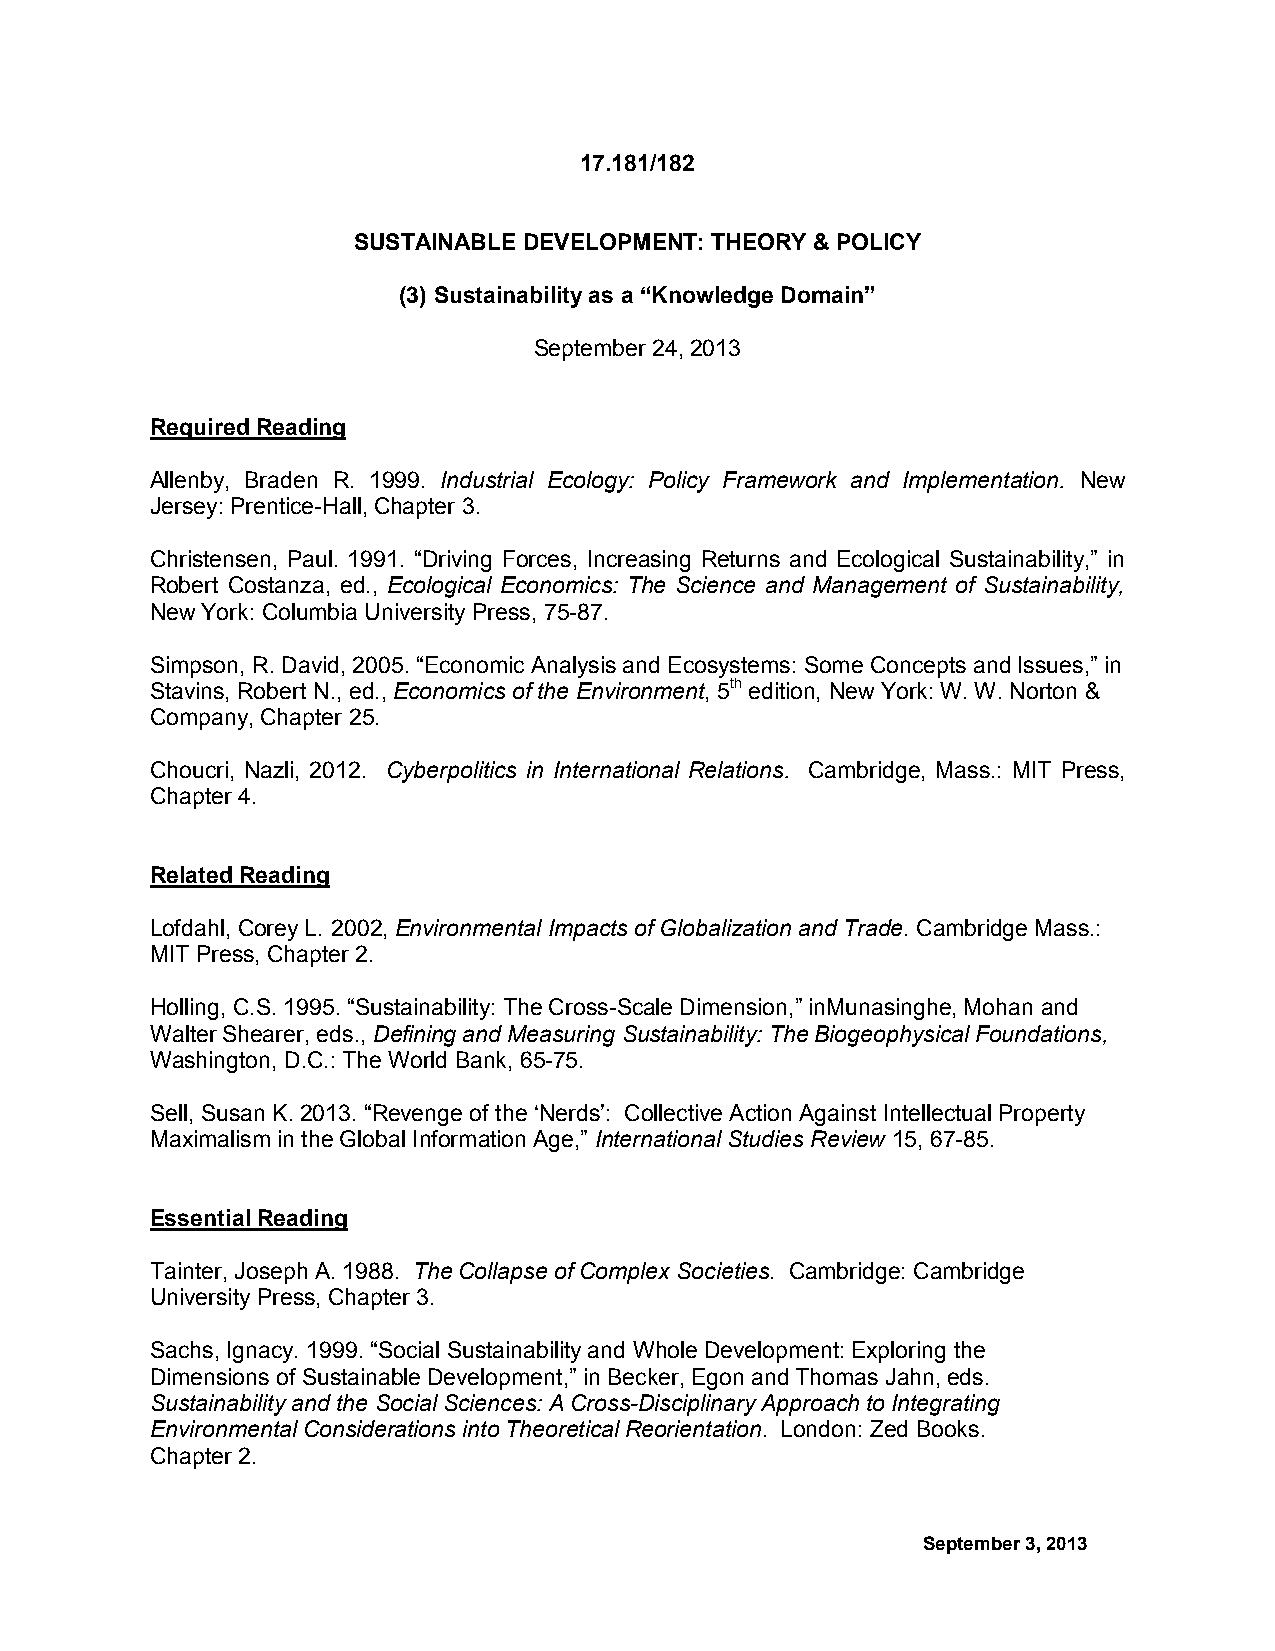
17.181/182
 SUSTAINABLE DEVELOPMENT: THEORY & POLICY
 (3) Sustainability as a “Knowledge Domain”
 September 24, 2013
 Required Reading
 Allenby, Braden R. 1999. Industrial Ecology: Policy Framework and Implementation. New
 Jersey: Prentice-Hall, Chapter 3.
 Christensen, Paul. 1991. “Driving Forces, Increasing Returns and Ecological Sustainability,” in
 Robert Costanza, ed., Ecological Economics: The Science and Management of Sustainability,
 New York: Columbia University Press, 75-87.
 Simpson, R. David, 2005. “Economic Analysis and Ecosystems: Some Concepts and Issues,” in
 Stavins, Robert N., ed., Economics of the Environment, 5th edition, New York: W. W. Norton &
 Company, Chapter 25.
 Choucri, Nazli, 2012. Cyberpolitics in International Relations. Cambridge, Mass.: MIT Press,
 Chapter 4.
 Related Reading
 Lofdahl, Corey L. 2002, Environmental Impacts of Globalization and Trade. Cambridge Mass.:
 MIT Press, Chapter 2.
 Holling, C.S. 1995. “Sustainability: The Cross-Scale Dimension,” inMunasinghe, Mohan and
 Walter Shearer, eds., Defining and Measuring Sustainability: The Biogeophysical Foundations,
 Washington, D.C.: The World Bank, 65-75.
 Sell, Susan K. 2013. “Revenge of the ‘Nerds’: Collective Action Against Intellectual Property
 Maximalism in the Global Information Age,” International Studies Review 15, 67-85.
 Essential Reading
 Tainter, Joseph A. 1988. The Collapse of Complex Societies. Cambridge: Cambridge
 University Press, Chapter 3.
 Sachs, Ignacy. 1999. “Social Sustainability and Whole Development: Exploring the
 Dimensions of Sustainable Development,” in Becker, Egon and Thomas Jahn, eds.
 Sustainability and the Social Sciences: A Cross-Disciplinary Approach to Integrating
 Environmental Considerations into Theoretical Reorientation. London: Zed Books.
 Chapter 2.
 September 3, 2013